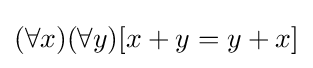
(\forall x)(\forall y)[x+y=y+x]